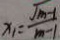
x _ { 1 } = \frac { \sqrt { m - 1 } } { m - 1 }